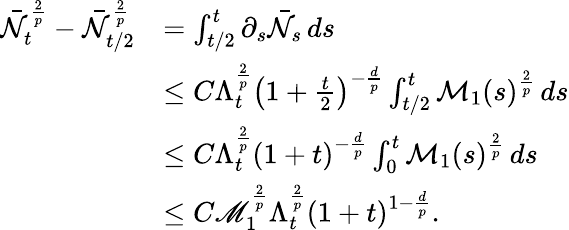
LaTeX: \begin{array}{rl}{\bar{\mathcal{N}}_{t}^{\frac 2p}-\bar{\mathcal{N}}_{t/2}^{\frac 2p}}&{=\int_{t/2}^{t}\partial_{s}\bar{\mathcal{N}}_{s}\, ds}\\ &{\leq C\Lambda_{t}^{\frac 2p}\left(1+\frac{t}{2}\right)^{-\frac dp}\int_{t/2}^{t}\mathcal{M}_{1}(s)^{\frac 2p}\, ds}\\ &{\leq C\Lambda_{t}^{\frac 2p}\left(1+t\right)^{-\frac dp}\int_{0}^{t}\mathcal{M}_{1}(s)^{\frac 2p}\, ds}\\ &{\leq C\mathscr{M}_{1}^{\frac 2p}\Lambda_{t}^{\frac 2p}(1+t)^{1-\frac{d}{p}}.}\end{array}